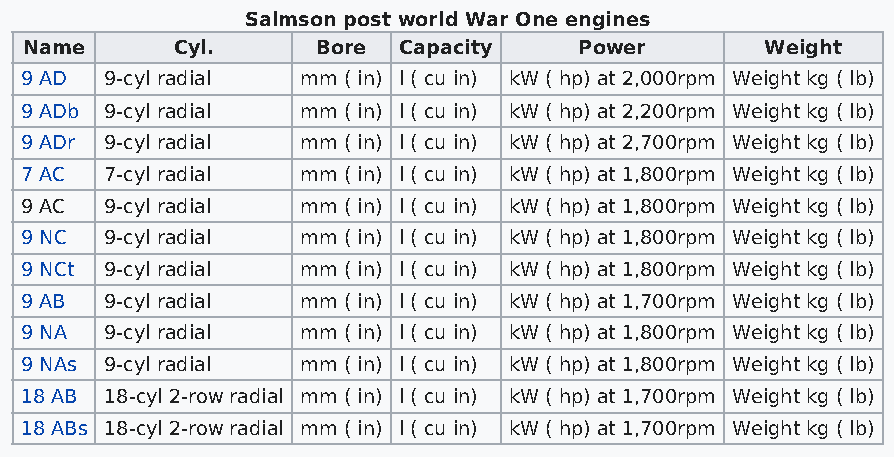
Salmson post world War One engines
 Name     Cyl.      Bore Capacity    Power        Weight
 9 AD  9-cyl radial mm ( in) l ( cu in) kW ( hp) at 2,000rpm Weight kg ( lb)
 9 ADb 9-cyl radial mm ( in) l ( cu in) kW ( hp) at 2,200rpm Weight kg ( lb)
 9 ADr 9-cyl radial mm ( in) l ( cu in) kW ( hp) at 2,700rpm Weight kg ( lb)
 7 AC  7-cyl radial mm ( in) l ( cu in) kW ( hp) at 1,800rpm Weight kg ( lb)
 9 AC  9-cyl radial mm ( in) l ( cu in) kW ( hp) at 1,800rpm Weight kg ( lb)
 9 NC  9-cyl radial mm ( in) l ( cu in) kW ( hp) at 1,800rpm Weight kg ( lb)
 9 NCt 9-cyl radial mm ( in) l ( cu in) kW ( hp) at 1,800rpm Weight kg ( lb)
 9 AB  9-cyl radial mm ( in) l ( cu in) kW ( hp) at 1,700rpm Weight kg ( lb)
 9 NA  9-cyl radial mm ( in) l ( cu in) kW ( hp) at 1,800rpm Weight kg ( lb)
 9 NAs 9-cyl radial mm ( in) l ( cu in) kW ( hp) at 1,800rpm Weight kg ( lb)
 18 AB 18-cyl 2-row radial mm ( in) l ( cu in) kW ( hp) at 1,700rpm Weight kg ( lb)
 18 ABs 18-cyl 2-row radial mm ( in) l ( cu in) kW ( hp) at 1,700rpm Weight kg ( lb)